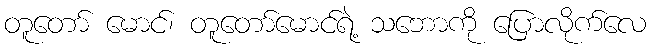
တူတော် မောင်၊ တူတော်မောင်ရဲ့ သဘောကို ပြောလိုက်လေ